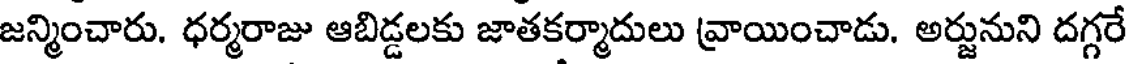
జన్మించారు. ధర్మరాజు ఆబిడ్డలకు జాతకర్మాదులు వ్రాయించాడు. అర్జునుని దగ్గరే